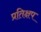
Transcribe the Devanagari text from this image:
प्रतिक्षप